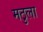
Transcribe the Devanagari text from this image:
मठुला